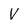
Character: V